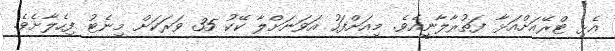
އެޅި ޓްރޭއަށްއަޅާ ފަތުރާލާނީއެވެ. މިއަށްފަހު އަވަނަށްލާ ކޭކު 35 ވަރަކަށް މިނެޓު ފިހެލާށެވެ.